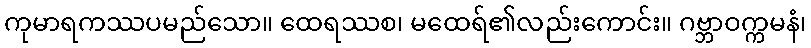
ကုမာရကဿပမည်သော။ ထေရဿစ၊ မထေရ်၏လည်းကောင်း။ ဂဗ္ဘာဝက္ကမနံ၊